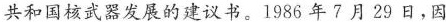
共和国核武器发展的建议书。1986年7月29日，因